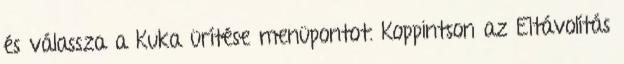
és válassza a Kuka ürítése menüpontot. Koppintson az Eltávolítás